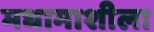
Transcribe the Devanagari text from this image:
मधामाशीला